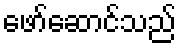
ဖော်ဆောင်သည်